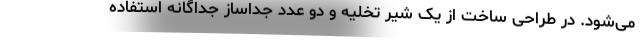
می‌شود. در طراحی ساخت از یک شیر تخلیه و دو عدد جداساز جداگانه استفاده